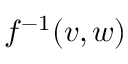
f ^ { - 1 } ( v , w )